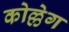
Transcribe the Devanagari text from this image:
कोल्लेग